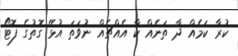
ކުރާ ކަމެއް ދާ ތަނެއް ކާ އެއްޗެއް ނުވަތަ އުޅޭ ގޮތުގެ ފޮޓޯ